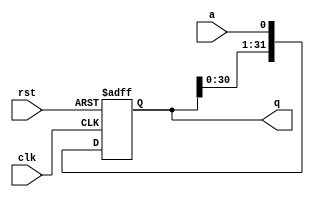
module sipo(clk,rst,a,q);
input clk,rst;
input a;
output [31:0]q;
wire [31:0]q;
reg [31:0]temp;
always@(posedge clk,posedge rst)
begin
    if(rst==1'b1)
         temp<=32'b0000;
    else
    begin
        temp<=temp<<1'b1;//shift by 1 bit
        temp[0]<=a;
    end
end
assign q = temp;
endmodule